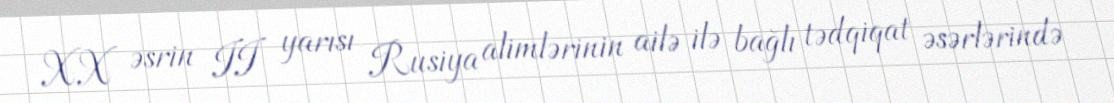
XX əsrin II yarısı Rusiya alimlərinin ailə ilə bağlı tədqiqat əsərlərində